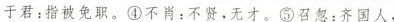
于君：指被免职。④不肖：不贤，无才。⑤召忽：齐国人，